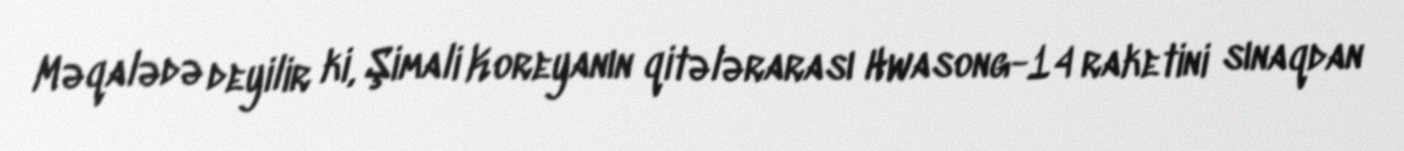
Məqalədə deyilir ki, Şimali Koreyanın qitələrarası Hwasong-14 raketini sınaqdan